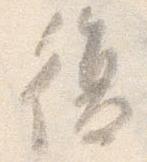
復